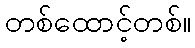
တစ်ထောင့်တစ်။